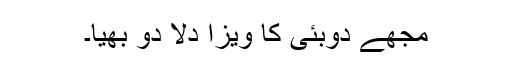
مجھے دوبئی کا ویزا دلا دو بھیا۔